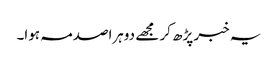
یہ خبر پڑھ کر مجھے دوہراصدمہ ہوا۔